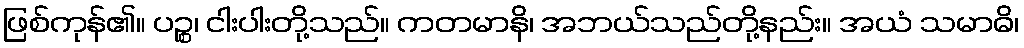
ဖြစ်ကုန်၏။ ပဉ္စ၊ ငါးပါးတို့သည်။ ကတမာနိ၊ အဘယ်သည်တို့နည်း။ အယံ သမာဓိ၊